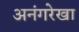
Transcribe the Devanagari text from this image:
अनंगरेखा